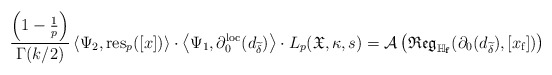
\begin{align*}\frac{\left(1-\frac{1}{p}\right)}{\Gamma(k/2)}\left\langle\Psi_2,\textup{res}_p([x])\right\rangle\cdot\left\langle\Psi_1,\partial^{\textup{loc}}_0(d_{\widetilde{\delta}}) \right\rangle\cdot L_p(\frak{X},\kappa,s)=\mathcal{A}\left(\frak{Reg}_{\mathbb{H}_{\mathbf{f}}}(\partial_0(d_{\widetilde\delta}),[x_{\textup{f}}])\right)\end{align*}